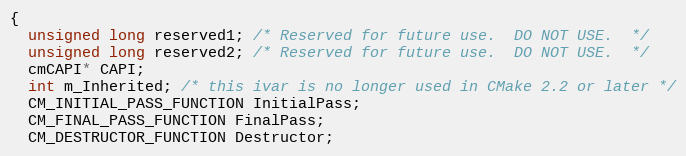
Language: C
{
  unsigned long reserved1; /* Reserved for future use.  DO NOT USE.  */
  unsigned long reserved2; /* Reserved for future use.  DO NOT USE.  */
  cmCAPI* CAPI;
  int m_Inherited; /* this ivar is no longer used in CMake 2.2 or later */
  CM_INITIAL_PASS_FUNCTION InitialPass;
  CM_FINAL_PASS_FUNCTION FinalPass;
  CM_DESTRUCTOR_FUNCTION Destructor;